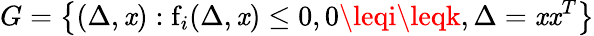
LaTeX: G=\left\{ (\Delta,\mathit{x}):\mathrm{{{f}}}_{i}(\Delta,\mathit{x})\leq0,0\leqi\leqk,\Delta=\mathit{x}\mathit{x}^{T}\right\}